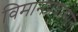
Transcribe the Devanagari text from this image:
विमानप्रवासात